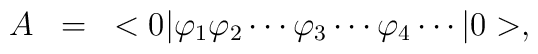
\begin{array}{rcl}A&=&<0|\varphi_1\varphi_2\cdots\varphi_3\cdots\varphi_4\cdots|0>, \end{array}